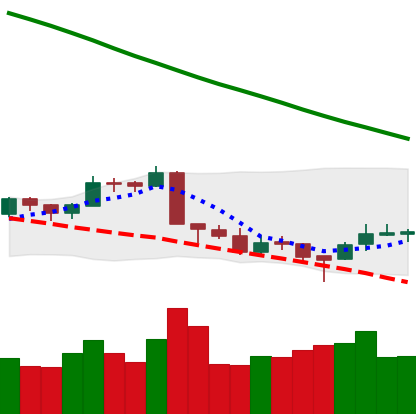
Ticker: LTC-USD
Chart end date: 2018-09-16
Forward return: 6.582%
Label: up_5_7